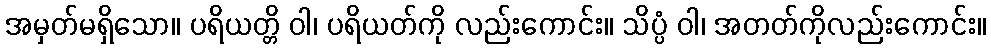
အမှတ်မရှိသော။ ပရိယတ္တိ ဝါ၊ ပရိယတ်ကို လည်းကောင်း။ သိပ္ပံ ဝါ၊ အတတ်ကိုလည်းကောင်း။